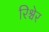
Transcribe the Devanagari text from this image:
रिश्चेर